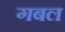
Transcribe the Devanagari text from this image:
गबल